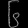
Digit: ၆